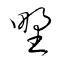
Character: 野